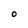
Character: O